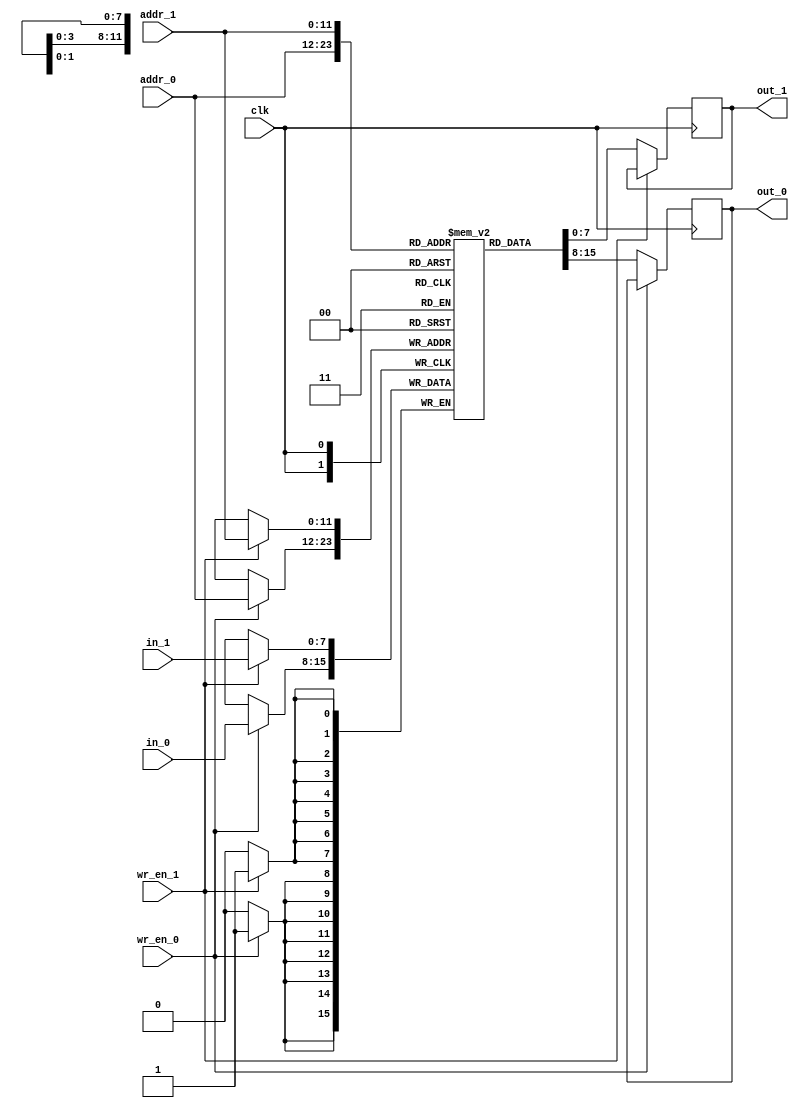
`timescale 1ns / 1ps

module true_dpr(clk,wr_en_0,wr_en_1,in_0,in_1,addr_0,addr_1,out_0,out_1);
input clk,wr_en_0,wr_en_1;
input [7:0]in_0,in_1;
input [11:0]addr_0,addr_1;
output reg [7:0]out_0,out_1;

reg [7:0] ram [4095:0];

always@(posedge clk) begin
if (wr_en_0)
ram[addr_0] <= in_0;
else
out_0 <= ram[addr_0];
end

always@(posedge clk) begin
if (wr_en_1)
ram[addr_1] <= in_1;
else
out_1 <= ram[addr_1];
end
endmodule